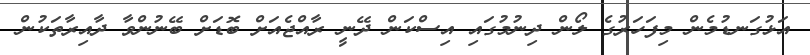
އަޅުގަނޑުމެން މިފަހަރުގެ ލޯން ދިނުމުގައި އިސްކަން ދޭނީ ރާއްޖެއަށް ބޮޑަށް ބޭނުންވާ ދާއިރާތަކުން